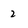
Character: 2